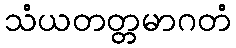
သံယတတ္တမာဂတံ